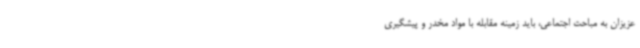
عزیزان به مباحث اجتماعی، باید زمینه مقابله با مواد مخدر و پیشگیری